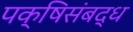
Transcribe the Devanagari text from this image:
पक्षिसंबद्ध